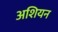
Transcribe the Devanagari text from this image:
अशियन